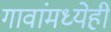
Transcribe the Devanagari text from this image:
गावांमध्येही